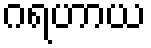
ဂရဟာယ